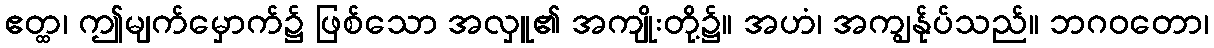
ဧတ္ထ၊ ဤမျက်မှောက်၌ ဖြစ်သော အလှူ၏ အကျိုးတို့၌။ အဟံ၊ အကျွန်ုပ်သည်။ ဘဂဝတော၊